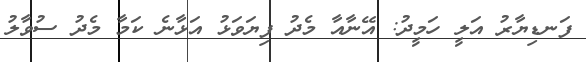
ފަނޑިޔާރު އަލީ ހަމީދު: އޭނާއާ މެދު ފިޔަވަޅު އަޅާނެ ކަމާ މެދު ސުވާލު